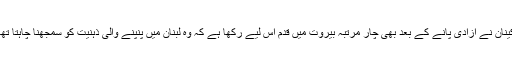
کینان نے آزادی پانے کے بعد بھی چار مرتبہ بیروت میں قدم اس لیے رکھا ہے کہ وہ لبنان میں پنپنے والی ذہنیت کو سمجھنا چاہتا تھا۔